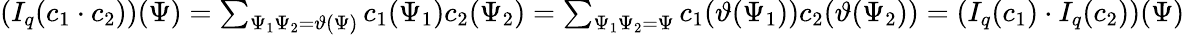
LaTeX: \begin{array}{r}{(I_{q}(c_{1}\cdot c_{2}))(\Psi)=\sum_{\Psi_{1}\Psi_{2}=\vartheta(\Psi)}c_{1}(\Psi_{1})c_{2}(\Psi_{2})=\sum_{\Psi_{1}\Psi_{2}{=}\Psi}c_{1}(\vartheta(\Psi_{1}))c_{2}(\vartheta(\Psi_{2}))=(I_{q}(c_{1})\cdot I_{q}(c_{2}))(\Psi)}\end{array}